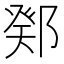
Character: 鄈